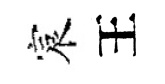
宸王